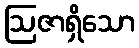
ဩဇာရှိသော